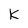
Character: K